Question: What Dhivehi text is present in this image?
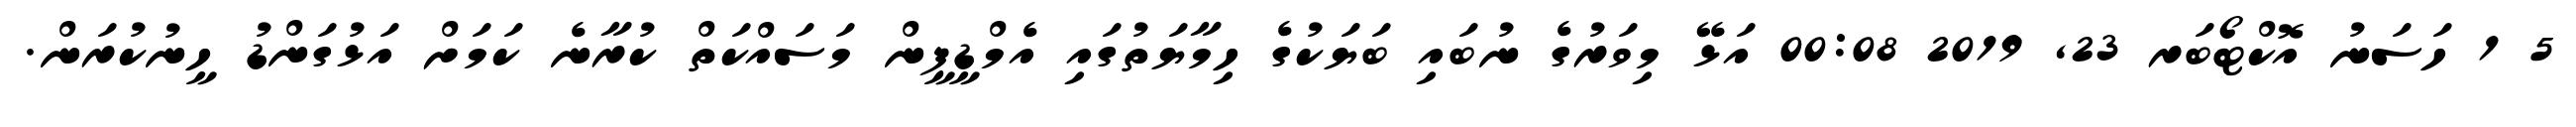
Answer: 5 1 ހަސަނު އޮކްޓޯބަރ 23, 2019 00:08 އަޅޭ މިވަރުގެ ނުބައި ބަޔަކުގެ ހިމާޔަތުގައި އެމްޑީޕީން މަސައްކަތް ކުރާނެ ކަމަށް އަޅުގަންޑު ހީނުކުރަން.